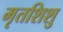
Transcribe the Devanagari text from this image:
मृतशिशु